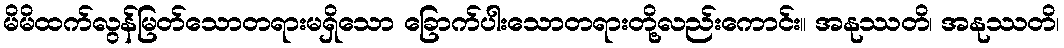
မိမိထက်လွန်မြတ်သောတရားမရှိသော ခြောက်ပါးသောတရားတို့လည်းကောင်း။ အနုဿတိ၊ အနုဿတိ၊